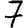
Digit: 7